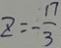
z = - \frac { 1 7 } { 3 }